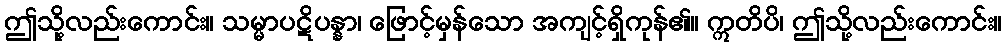
ဤသို့လည်းကောင်း။ သမ္မာပဋိပန္နာ၊ ဖြောင့်မှန်သော အကျင့်ရှိကုန်၏။ ဣတိပိ၊ ဤသို့လည်းကောင်း။